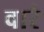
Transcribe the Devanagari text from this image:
वारं